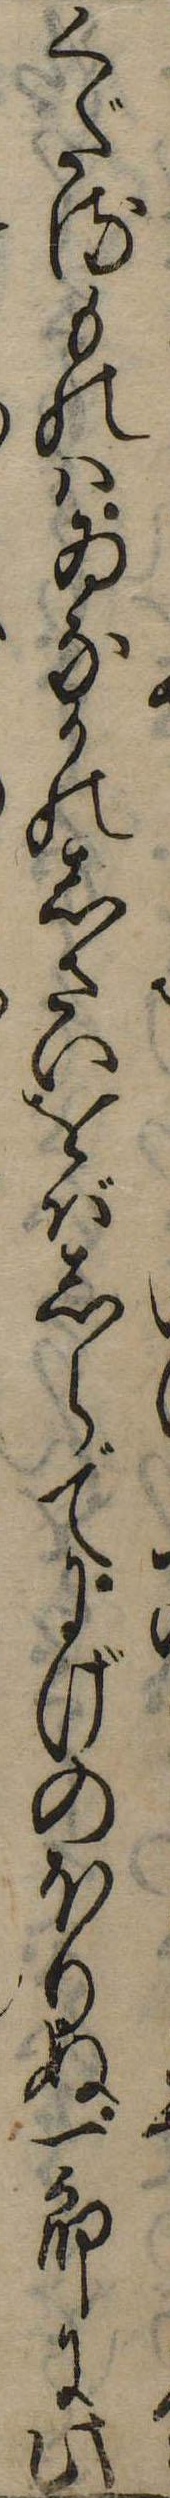
くだるものはゐなかのしさいをばしらでにげのほりぬ一郎に此